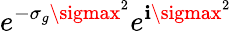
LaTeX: e^{-\sigma_{g}\sigmax^{2}}e^{\mathbf{i}\sigmax^{2}}